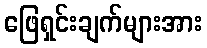
ဖြေရှင်းချက်များအား